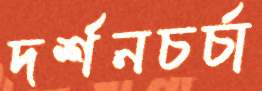
দর্শনচর্চা